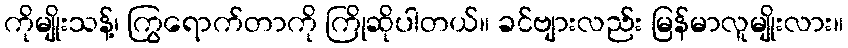
ကိုမျိုးသန့်၊ ကြွရောက်တာကို ကြိုဆိုပါတယ်။ ခင်ဗျားလည်း မြန်မာလူမျိုးလား။